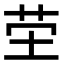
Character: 茔